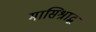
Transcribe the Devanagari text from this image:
मासिश्राद्ध